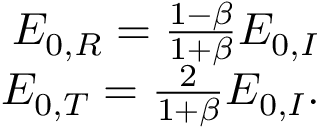
\begin{array} { r } { E _ { 0 , R } = \frac { 1 - \beta } { 1 + \beta } E _ { 0 , I } } \\ { E _ { 0 , T } = \frac { 2 } { 1 + \beta } E _ { 0 , I } . } \end{array}